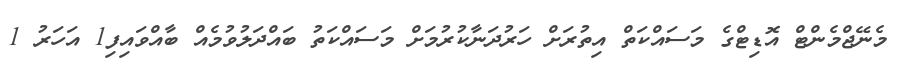
މެނޭޖްމެންޓް އޮޑިޓްގެ މަސައްކަތް އިތުރަށް ހަރުދަނާކުރުމަށް މަސައްކަތު ބައްދަލުވުމެއް ބާއްވައިފި1 އަހަރު 1